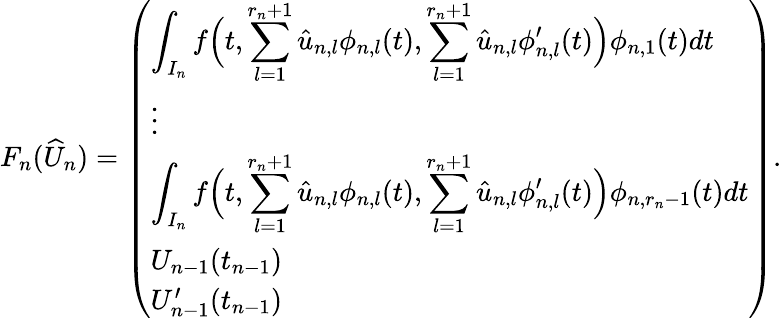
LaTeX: F_{n}(\widehat{U}_{n})=\left(\begin{array}{l}{\displaystyle\int_{I_{n}}f\Big(t,\sum_{l=1}^{r_{n}+1}\hat{u}_{n,l}\phi_{n,l}(t),\sum_{l=1}^{r_{n}+1}\hat{u}_{n,l}\phi_{n,l}^{\prime}(t)\Big)\phi_{n,1}(t)dt}\\ {\vdots}\\ {\displaystyle\int_{I_{n}}f\Big(t,\sum_{l=1}^{r_{n}+1}\hat{u}_{n,l}\phi_{n,l}(t),\sum_{l=1}^{r_{n}+1}\hat{u}_{n,l}\phi_{n,l}^{\prime}(t)\Big)\phi_{n,r_{n}-1}(t)dt}\\ {U_{n-1}(t_{n-1})}\\ {U_{n-1}^{\prime}(t_{n-1})}\end{array}\right).